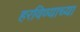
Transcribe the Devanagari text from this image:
हरविण्याच्या